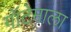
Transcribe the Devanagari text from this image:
गॉटेमाला